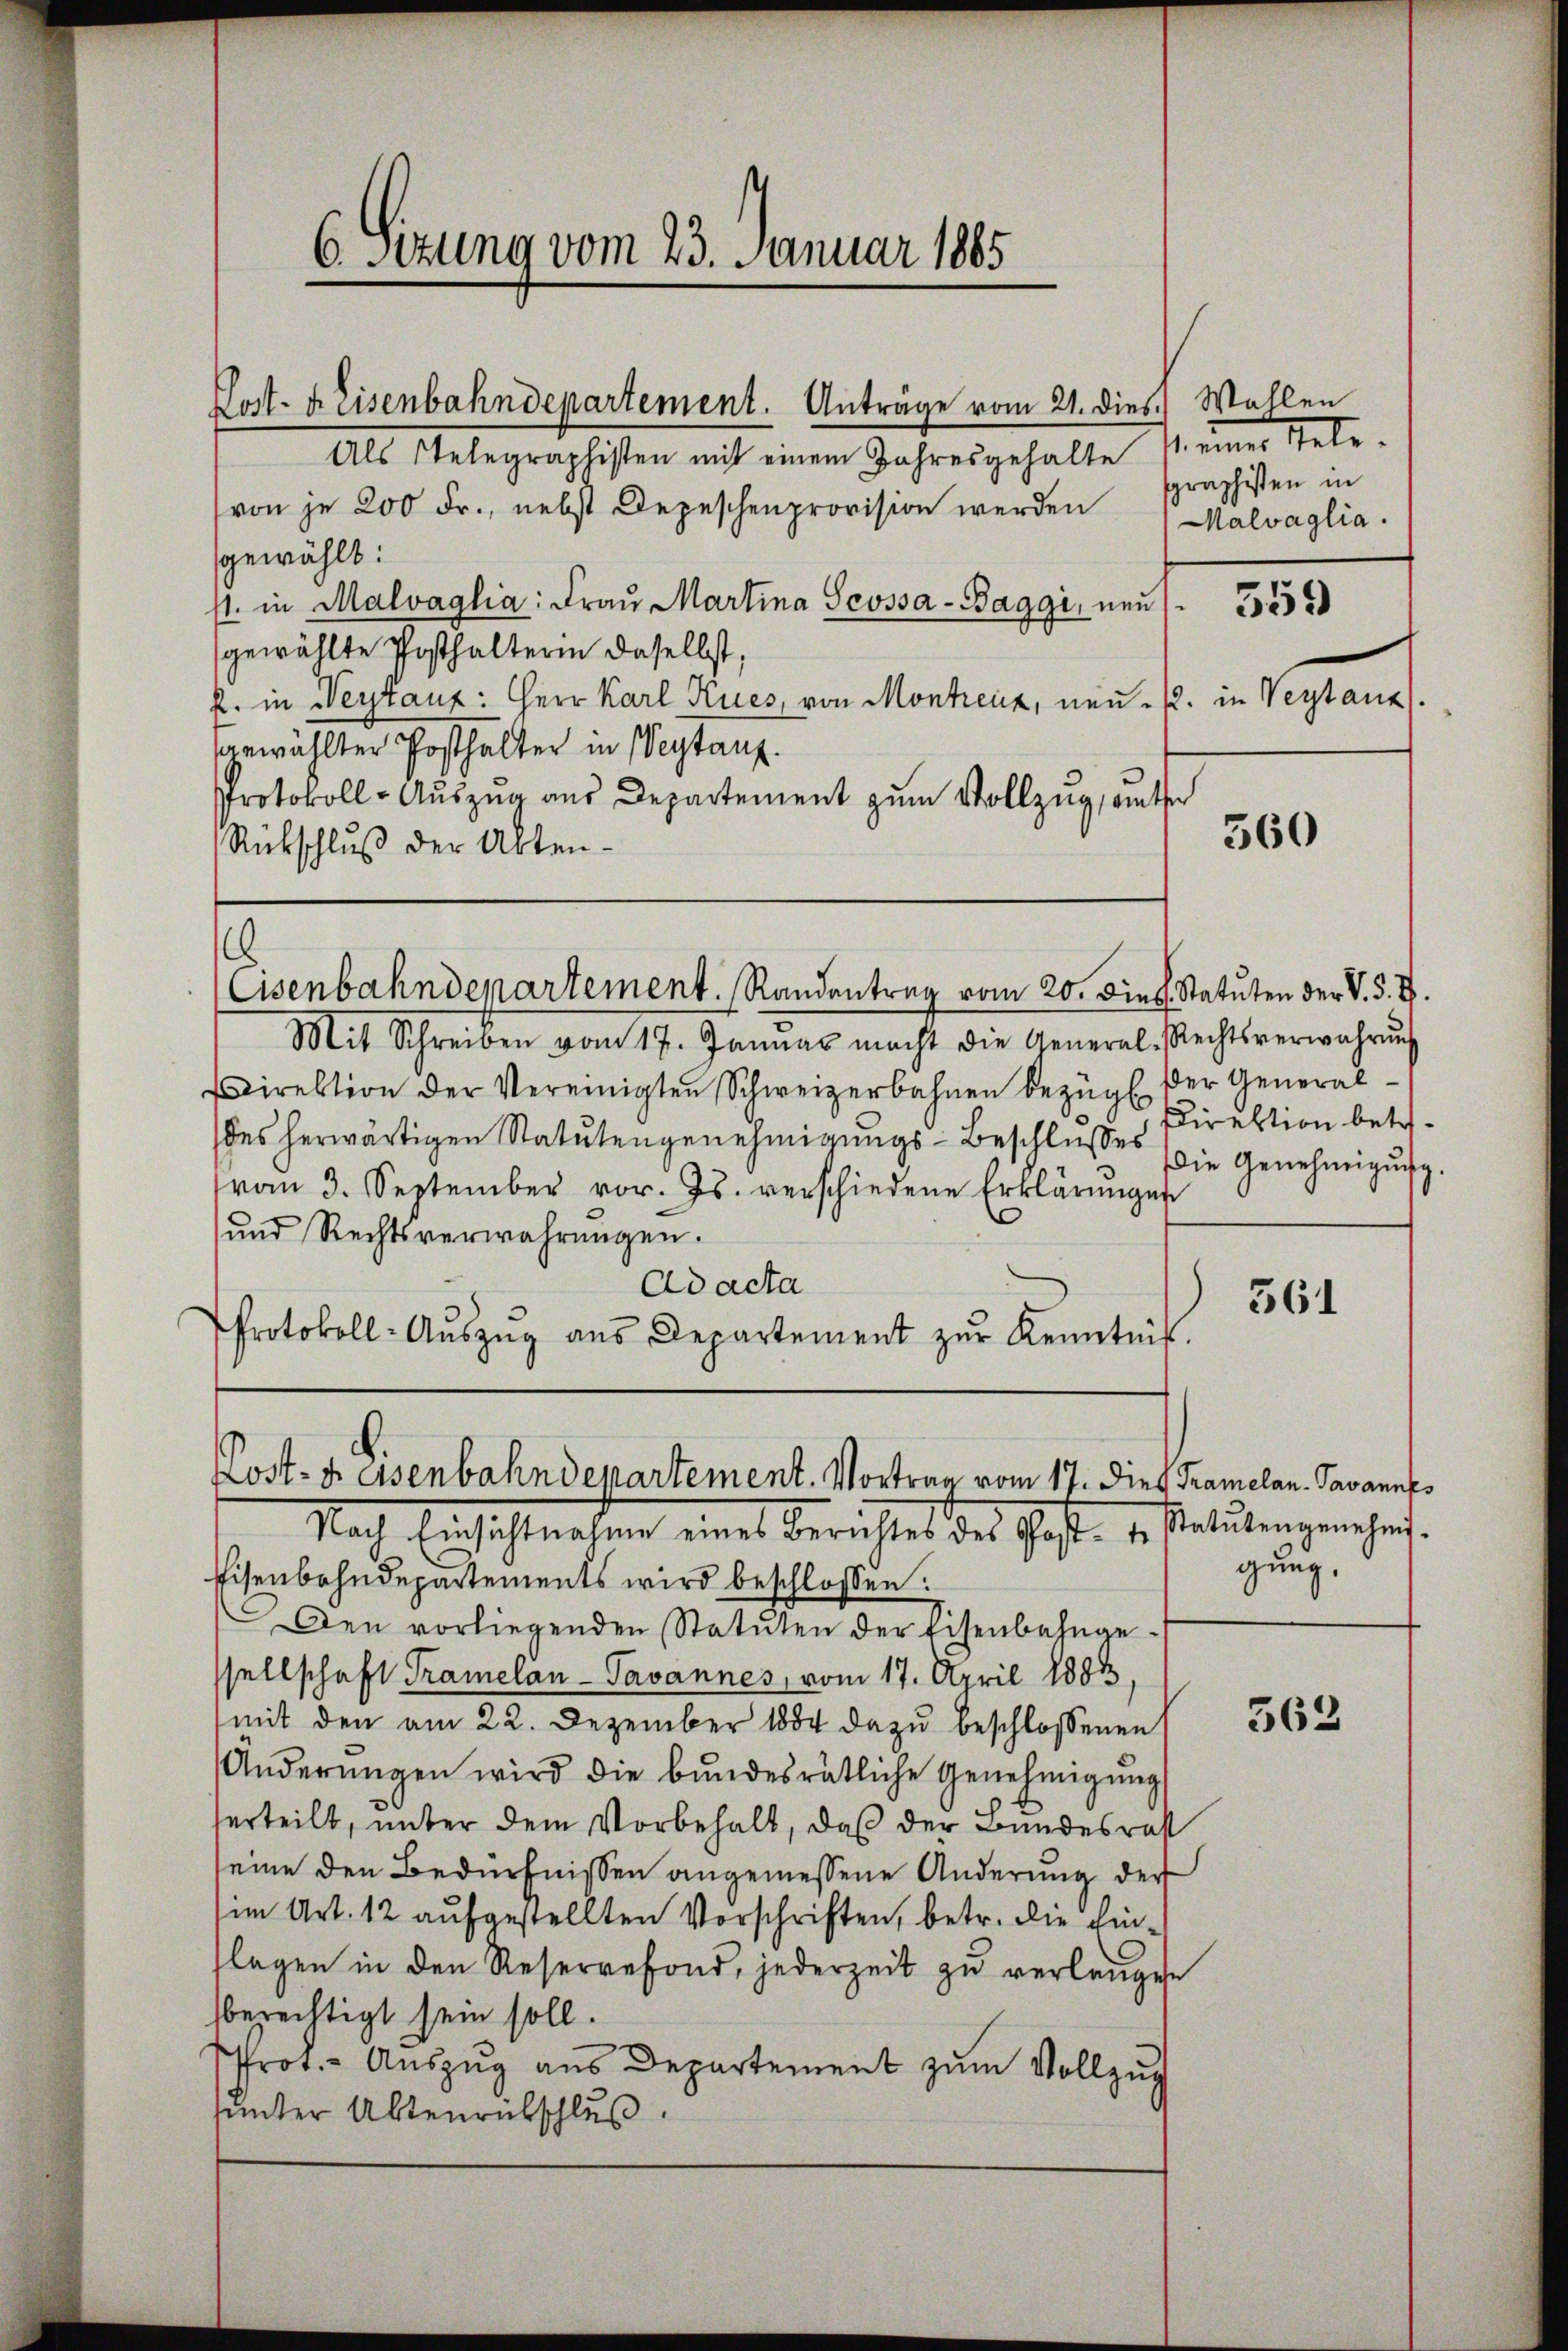
f
d
f

Post- u. Eisenbahndepartement. Anträge vom 21. dies Wahlen

Als Stelegraphisten mit einem Jahresgehalte
von je 200 Fr., nebst Depeschenprovision werden
gewählt:
1. in Malvaglia: Frau Martina Scossa-Baggi, neu
gewählte Posthalterin daselbst;
2. in Weytaux: Herr Karl Kues, von Montreuz, neu u. in Verstanz
gewählter Posthalter in Vertanz.
Protokoll-Aŭszŭg aŭs Departement zŭm Vollzŭg, unter
Rückschluß der Akten¬

6 Sizung vom 23. Januar 1885

.
Cisenbahndepartement. Randentrag vom 20. Dieb. Statuten der V. P. V.

Mit Schreiben vom 17. Januar macht die General-Rechtsverwahrŭng
Direktion der Vereinigten Schweizerbahnen bezügl.
des herwärtigen Statutengenehmigungs-Beschlusses
vom 3. September vor. Js. verschiedene Erklärŭngen
und Rechtsverwahrungen.
Adacta
Protokoll-Aŭszŭg aŭs Departement zŭr Kenntnis.

Lost- u. Osenbahndepartement. Vortrag vom 17. Dies Tramelan- Javannes
Nach Einsichtnahme eines Berichtes des Geste u.

einer Stete.
sgraphisten in
Malvaglia.
359

Eisenbahndepartements wird beschlossen:
Den vorliegenden Statuten der Eisenbahngesellschaft Tramelan-Pavannes, vom 17. April 1883.
(mit den am 22. Dezember 1884 dazu beschlossenen
Änderŭngen wird die bŭndesrätliche Genehmigŭng
serteilt, unter dem Vorbehalt, daß der Bundesrat
eine den Bedürfnissen angemessene Änderung der
(im Art. 12 aufgestellten Vorschriften, betr. die Einflagen in den Reservefond, jederzeit zu verlangen
berechtigt sein soll.
Prot. - Aŭszŭg aŭs Departement zŭm Vollzŭg
sunter Aktenrütschluß

560

Der General¬
Direktion betr.
Die Genehmigŭng.

361

Statutengenehmi-
gung,

563